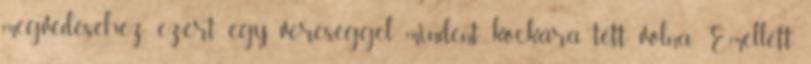
megvédéséhez, ezért egy vereséggel mindent kockára tett volna. Emellett